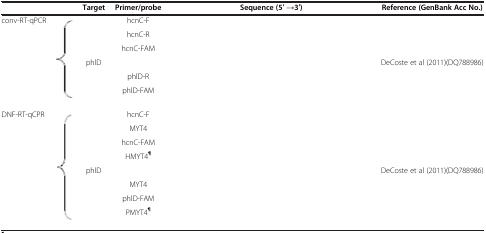
<table><thead><tr><td colspan="2">[EMPTY_CELL]</td><td><b>Target</b></td><td><b>Primer/probe</b></td><td><b>Sequence (5′ →3′)</b></td><td><b>Reference (GenBank Acc No.)</b></td></tr></thead><tbody><tr><td rowspan="6">conv-RT-qPCR</td><td rowspan="6">[EMPTY_CELL]</td><td rowspan="3">[EMPTY_CELL]</td><td>hcnC-F</td><td>[EMPTY_CELL]</td><td rowspan="3">[EMPTY_CELL]</td></tr><tr><td>hcnC-R</td><td>[EMPTY_CELL]</td></tr><tr><td>hcnC-FAM</td><td>[EMPTY_CELL]</td></tr><tr><td rowspan="3">phlD</td><td>[EMPTY_CELL]</td><td>[EMPTY_CELL]</td><td rowspan="3">DeCoste et al (2011)(DQ788986)</td></tr><tr><td>phlD-R</td><td>[EMPTY_CELL]</td></tr><tr><td>phlD-FAM</td><td>[EMPTY_CELL]</td></tr><tr><td rowspan="8">DNF-RT-qCPR</td><td rowspan="8">[EMPTY_CELL]</td><td rowspan="4">[EMPTY_CELL]</td><td>hcnC-F</td><td>[EMPTY_CELL]</td><td rowspan="3">[EMPTY_CELL]</td></tr><tr><td>MYT4</td><td>[EMPTY_CELL]</td></tr><tr><td>hcnC-FAM</td><td>[EMPTY_CELL]</td></tr><tr><td>HMYT4<sup><b>¶</b></sup></td><td>[EMPTY_CELL]</td><td>[EMPTY_CELL]</td></tr><tr><td rowspan="4">phlD</td><td>[EMPTY_CELL]</td><td>[EMPTY_CELL]</td><td rowspan="3">DeCoste et al (2011)(DQ788986)</td></tr><tr><td>MYT4</td><td>[EMPTY_CELL]</td></tr><tr><td>phlD-FAM</td><td>[EMPTY_CELL]</td></tr><tr><td>PMYT4<sup><b>¶</b></sup></td><td>[EMPTY_CELL]</td><td>[EMPTY_CELL]</td></tr></tbody></table>